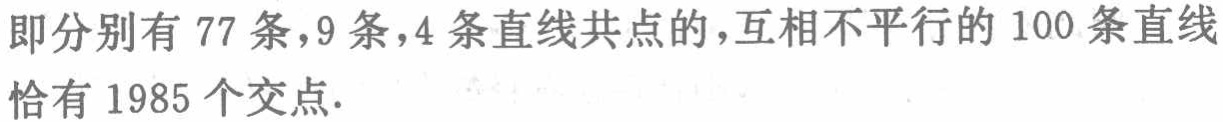
即分别有 77 条，9 条，4 条直线共点的，互相不平行的 100 条直线恰有 1985 个交点.